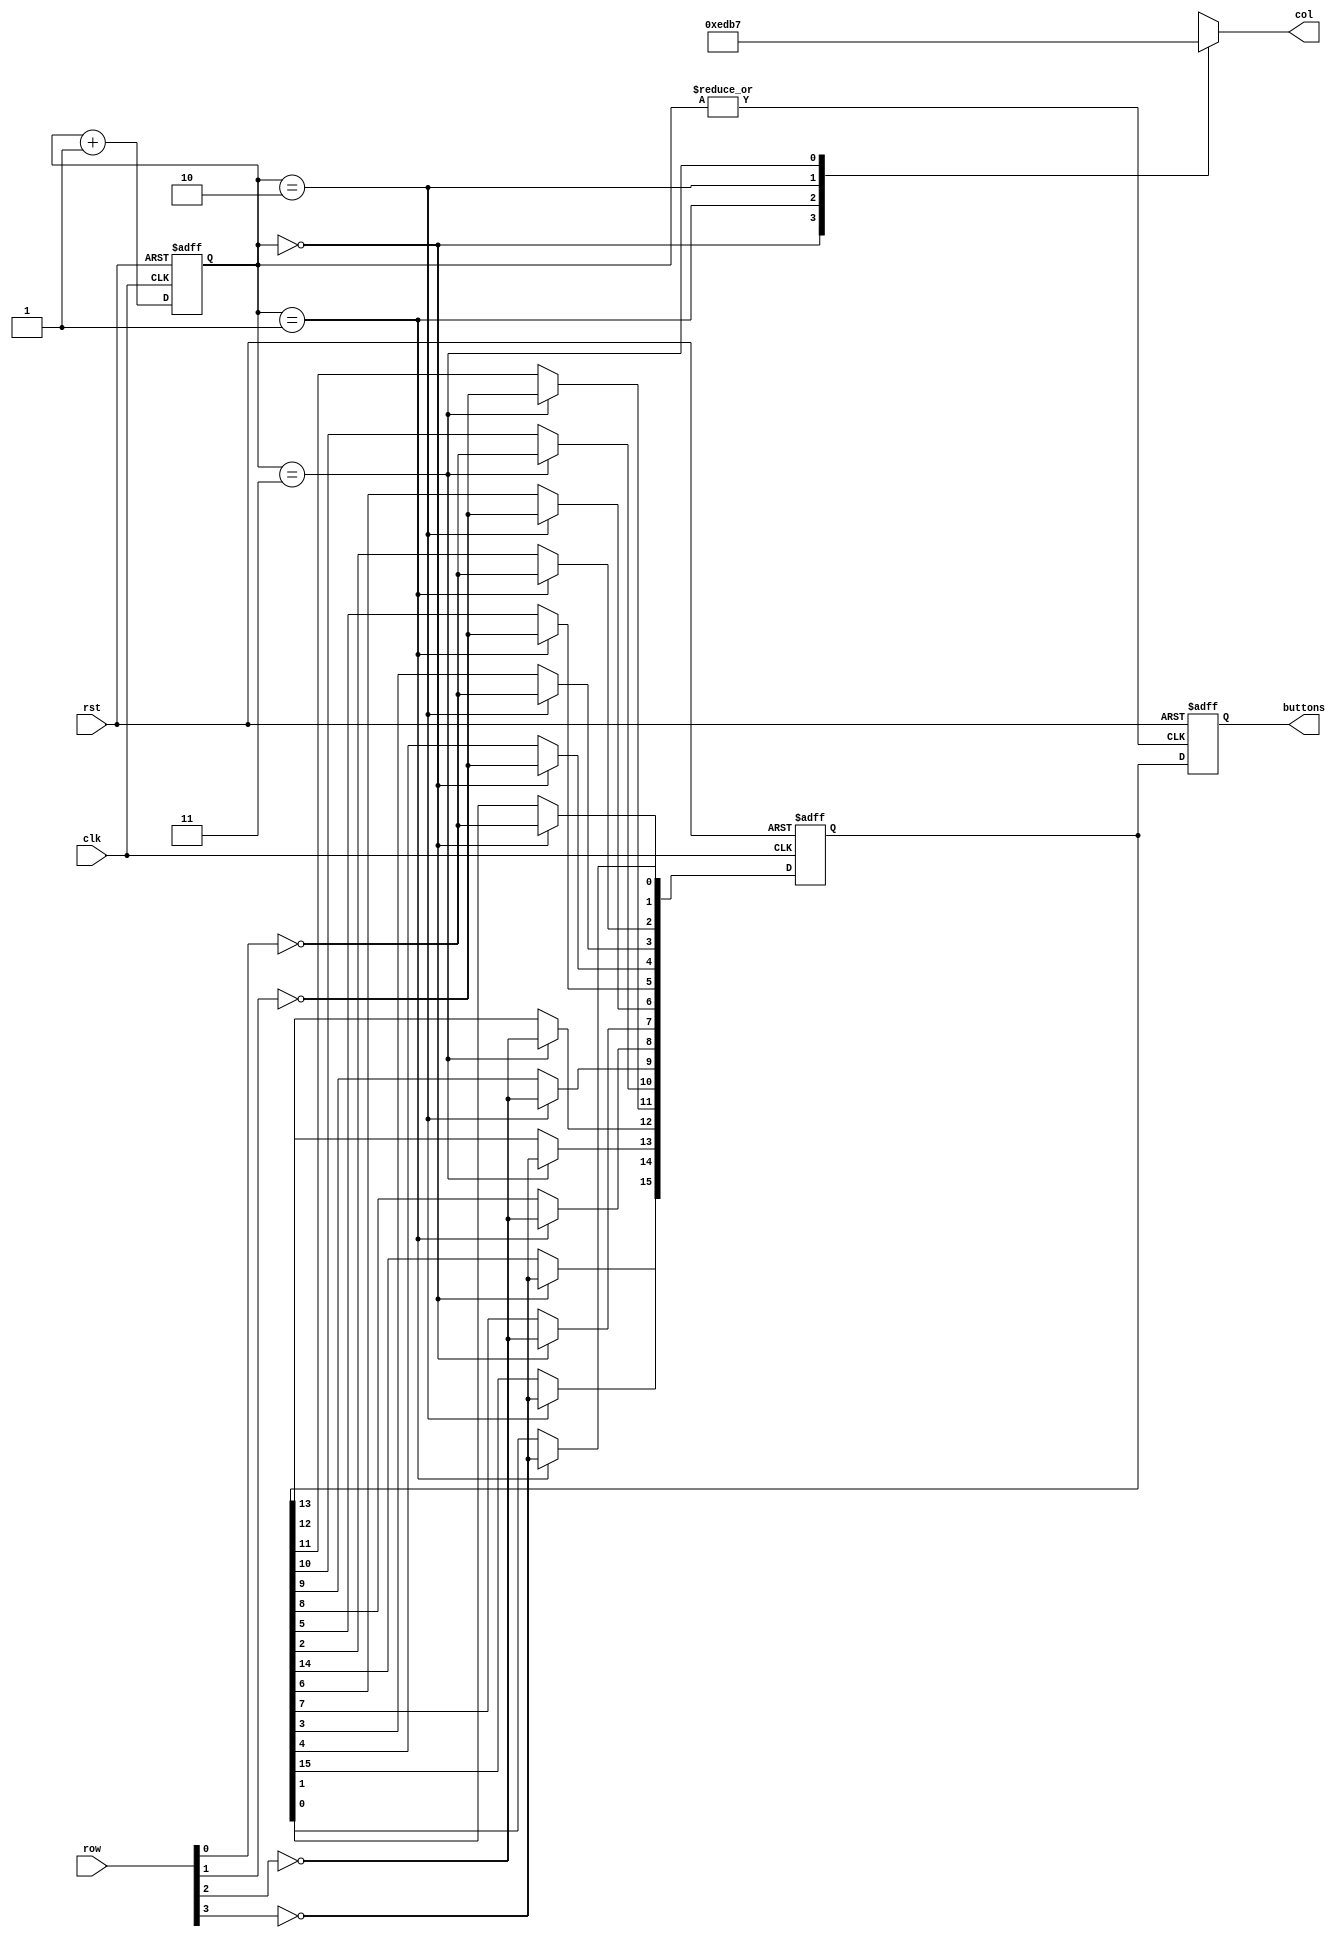
/* ----------------------------------------- *
 * Title       : Keypad decoder              *
 * Project     : Verilog Utility Modules     *
 * ----------------------------------------- *
 * Last Edit   : 08/01/2021                  *
 * Licence     : CERN-OHL-W                  *
 * ----------------------------------------- *
 * Description : Decode keypads, Rows should *
 *               be connected to Vcc with    *
 *               pull-up resistors           *
 * ----------------------------------------- */

 /* keypad4x4a mapping
  + #  0 1 2 3
  + 0  1 2 3 A : A=10
  + 1  4 5 6 B : B=11
  + 2  7 8 9 C : C=12
  + 3  * 0 # D : *= 14, #=15, D=13
  */
module keypad4x4a(
  input clk,
  input rst,
  input [3:0] row,
  output reg [3:0] col,
  output reg [15:0] buttons);
  reg [15:0] button_reg;
  reg [1:0] state;
  wire newCycle;

  assign newCycle = ~|state;

  always@(posedge clk or posedge rst)
    begin
      if(rst)
        begin
          state <= 2'd0;
        end
      else
        begin
          state <= state + 2'd1;
        end
    end
  

  always@(posedge clk or posedge rst)
    begin
      if(rst)
        begin
          button_reg <= 16'd0;
        end
      else
        begin
          case(state)
            2'b00:
              begin
                button_reg[1] <= ~row[0];
                button_reg[4] <= ~row[1];
                button_reg[7] <= ~row[2];
                button_reg[14] <= ~row[3];
              end
            2'b01:
              begin
                button_reg[2] <= ~row[0];
                button_reg[5] <= ~row[1];
                button_reg[8] <= ~row[2];
                button_reg[0] <= ~row[3];
              end
            2'b10:
              begin
                button_reg[3] <= ~row[0];
                button_reg[6] <= ~row[1];
                button_reg[9] <= ~row[2];
                button_reg[15] <= ~row[3];
              end
            2'b11:
              begin
                button_reg[10] <= ~row[0];
                button_reg[11] <= ~row[1];
                button_reg[12] <= ~row[2];
                button_reg[13] <= ~row[3];
              end
          endcase
        end
    end
  

  always@(posedge newCycle or posedge rst)
    begin
      if(rst)
        begin
          buttons <= 16'd0;
        end
      else
        begin
          buttons <= button_reg;
        end
    end
  
  always@*
    begin
      case(state)
        2'b00:
          begin
            col = 4'b1110;
          end
        2'b01:
          begin
            col = 4'b1101;
          end
        2'b10:
          begin
            col = 4'b1011;
          end
        2'b11:
          begin
            col = 4'b0111;
          end
      endcase  
    end
endmodule//keypad4x4

/* keypad4x3a mapping
 + #  0 1 2
 + 0  1 2 3 : 
 + 1  4 5 6 : 
 + 2  7 8 9 :
 + 3  * 0 # : *= 10, #=11
 */
module keypad4x3a(
  input clk,
  input rst,
  input [3:0] row,
  output reg [2:0] col,
  output reg [11:0] buttons);
  reg [11:0] button_reg;
  reg [1:0] state;
  wire newCycle;

  assign newCycle = ~|state;

  always@(posedge clk or posedge rst)
    begin
      if(rst)
        begin
          state <= 2'd0;
        end
      else
        begin
          state <= state + {(~state[0] & state[1]), 1'b1};
        end
    end
  

  always@(posedge clk or posedge rst)
    begin
      if(rst)
        begin
          button_reg <= 12'd0;
        end
      else
        begin
          case(state)
            2'b00:
              begin
                button_reg[1]  <= ~row[0];
                button_reg[4]  <= ~row[1];
                button_reg[7]  <= ~row[2];
                button_reg[10] <= ~row[3];
              end
            2'b01:
              begin
                button_reg[2]  <= ~row[0];
                button_reg[5]  <= ~row[1];
                button_reg[8]  <= ~row[2];
                button_reg[0]  <= ~row[3];
              end
            2'b10:
              begin
                button_reg[3]  <= ~row[0];
                button_reg[6]  <= ~row[1];
                button_reg[9]  <= ~row[2];
                button_reg[11] <= ~row[3];
              end
          endcase
        end
    end
  

  always@(posedge newCycle or posedge rst)
    begin
      if(rst)
        begin
          buttons <= 12'd0;
        end
      else
        begin
          buttons <= button_reg;
        end
    end
  
  always@*
    begin
      case(state)
        2'b00:
          begin
            col = 3'b110;
          end
        2'b01:
          begin
            col = 3'b101;
          end
        2'b10:
          begin
            col = 3'b011;
          end
        default:
          begin
            col = 3'b111;
          end
      endcase  
    end
endmodule//keypad4x3